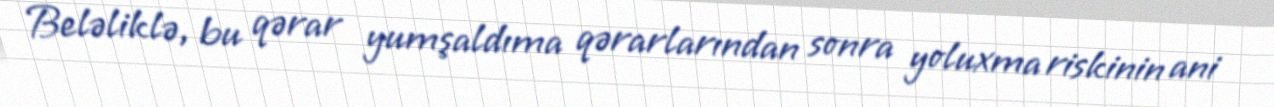
Beləliklə, bu qərar yumşaldıma qərarlarından sonra yoluxma riskinin ani